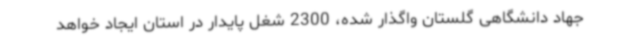
جهاد دانشگاهی گلستان واگذار شده، 2300 شغل پایدار در استان ایجاد خواهد